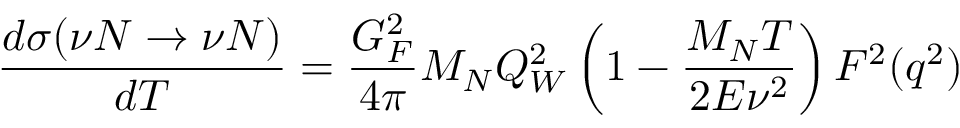
\frac { d \sigma ( \nu N \rightarrow \nu N ) } { d T } = \frac { G _ { F } ^ { 2 } } { 4 \pi } M _ { N } Q _ { W } ^ { 2 } \left( 1 - \frac { M _ { N } T } { 2 E \nu ^ { 2 } } \right) F ^ { 2 } ( q ^ { 2 } )